Report on plague and inoculation in the Punjab from October 1st ... to September 30th..., being the ... season of plague in the province
Disease focus: Plague
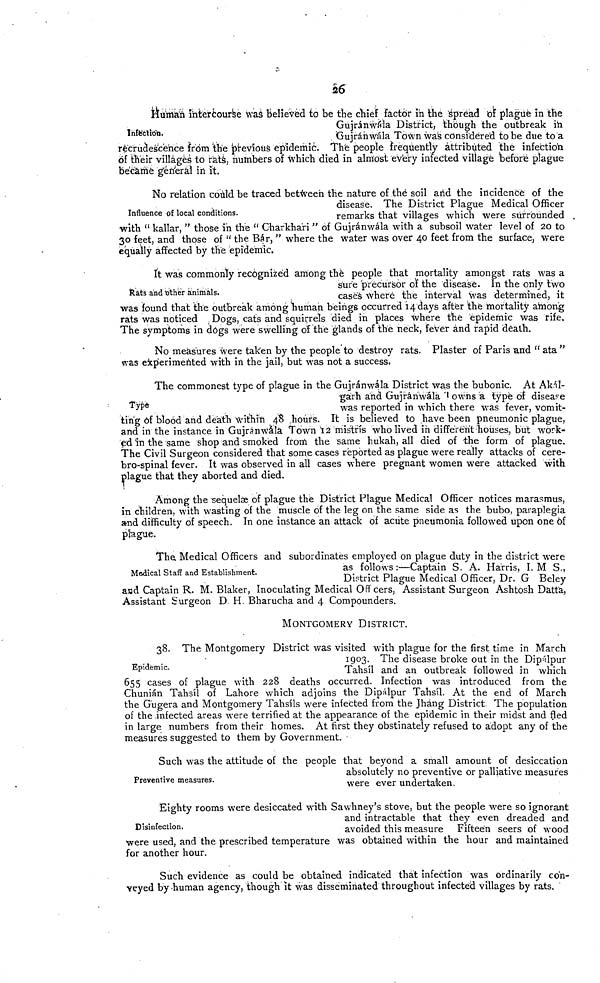
26
Infection.
Human intercourse was believed to be the chief factor in the spread of plague in the
Gújránwála District, though the outbreak in
Gujránwála Town was considered to be due to a
recrudescence from the previous epidemic. The people frequently attributed the infection
of their villages to rats, numbers of which died in almost every infected village before plague
became general in it.
Influence of local conditions.
No relation could be traced between the nature of thé soil and the incidence of the
disease. The District Plague Medical Officer
remarks that villages which were surrounded
with " kallar, " those in the " Gharkha'ri " of Gujránwála with a subsoil water level of 20 to
30 feet, and those of " the Bar, " where the water was over 40 feet from the surface, were
equally affected by the epidemic.
Rats and other animals.
It was commonly recognized among the people that mortality amongst rats was a
sure precursor of the disease. In the only two
cases Where the interval was determined, it
was found that the outbreak among human beings occurred 14 days after the mortality among
rats was noticed t Dogs, cats and squirrels died in places where the epidemic was rife.
The symptoms in dogs were swelling of the glands of the neck, fever and rapid death.
No measures were taken by the people to destroy rats. Plaster of Paris und " ata "
was experimented with in the jail, but was not a success.
Type
The commonest type of plague in the Gujránwála District was the bubonic. At Akal-
gárh and Gujránwála owns a typé of disease
was reported in which there was fever, vomit-
ting óf blood and death within 48 .hours. It is believed to have been pneumonic plague,
and in the instance in Gujránwála Town 12 mistris who lived in different Tiouses, but work-
ed in the same shop and smoked from the same hukah, all died of the form of plague.
The Civil Surgeon considered that some cases reported as plague were really attacks of cere-
bro-spinal fever. It was observed in all cases where pregnant women were attacked with
plague that they aborted and died.
Among the sequelae of plague the District Plague Medical Officer notices marasmus,
in children, with wasting of the muscle óf the leg on the same side as the bubo, paraplegia
and difficulty of speech. In one instance an attack of acute pneumonia followed upon one of
plague.
Medical Staff and Establishment.
The. Medical Officers and subordinates employed on plague duty in the district were
as follows :—Captain S. A. Harris, I. M S.,
District Plague Medical Officer, Dr. G Beley
and Captain R. M. Blaker, Inoculating Medical Offcers, Assistant Surgeon Ashtosh Datta,
Assistant Surgeon D H. Bharucha and 4 Compounders.
MONTGOMERY DISTRICT.
Epidemic.
38. The Montgomery District was visited with plague for the first time in March
1903. The disease broke out in the Dipalpur
Tahsil and an outbreak followed in which
655 cases of plague with 228 deaths occurred. Infection was introduced from the
Chunián Tahsil of Lahore which adjoins the Dipalpur Tahsil. At the end of March
the Gugera and Montgomery Tahsils were infected from the Jháng District. The population
of the infected areas were terrified at the appearance of the epidemic in their midst and fled
in large numbers from their homes. At first they obstinately refused to adopt any of the
measures suggested to them by Government.
Preventive measures.
Such was the attitude of the people that beyond a small amount of desiccation
absolutely no preventive or palliative measures
were ever undertaken.
Disinfection.
Eighty rooms were desiccated with Sawhney's stove, but the people were so ignorant
and intractable that they even dreaded and
avoided this measure Fifteen seers of wood
were used, and the prescribed temperature was obtained within the hour and maintained
for another hour.
Such evidence as could be obtained indicated that infection was ordinarily con-
veyed by human agency, though it was disseminated throughout infected villages by rats.